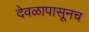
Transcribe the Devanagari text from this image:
देवळापासूनच